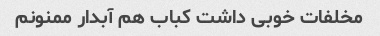
مخلفات خوبی داشت کباب هم آبدار ممنونم